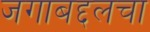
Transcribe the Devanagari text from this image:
जगाबद्दलचा